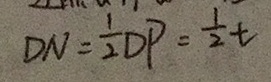
D N = \frac { 1 } { 2 } D P = \frac { 1 } { 2 } t